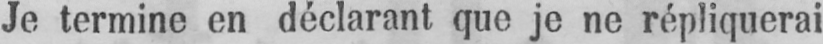
Je termine en déclarant que je ne répliquerai